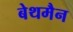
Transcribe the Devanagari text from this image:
बेथमैन